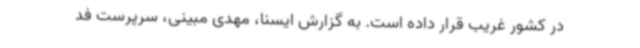
در کشور غریب قرار داده است. به گزارش ایسنا، مهدی مبینی، سرپرست فد